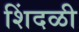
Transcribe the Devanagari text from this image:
शिंदळी